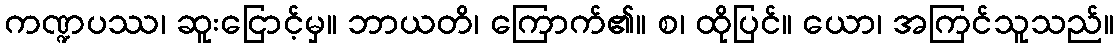
ကဏ္ဍပဿ၊ ဆူးငြောင့်မှ။ ဘာယတိ၊ ကြောက်၏။ စ၊ ထိုပြင်။ ယော၊ အကြင်သူသည်။